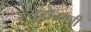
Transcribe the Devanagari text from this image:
न्यूट्रॉन्सची